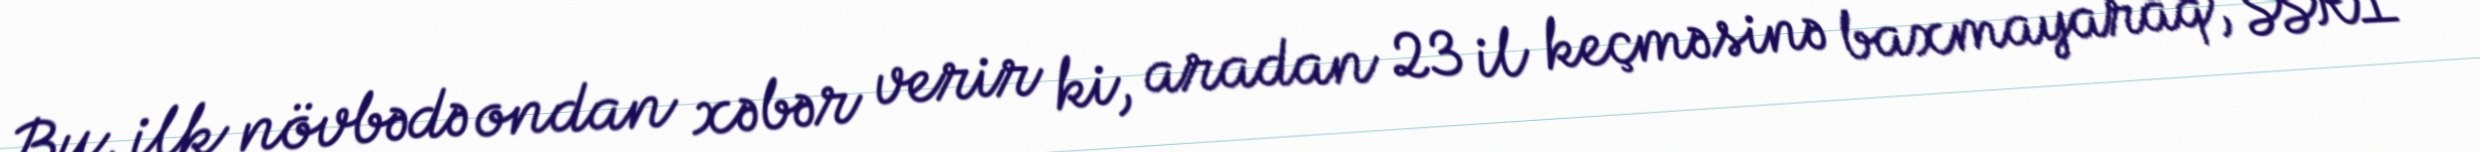
Bu, ilk növbədə ondan xəbər verir ki, aradan 23 il keçməsinə baxmayaraq, SSRİ